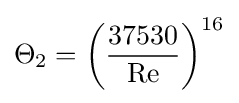
\Theta _{2}=\left({\frac {37530}{\mathrm {Re} }}\right)^{16}